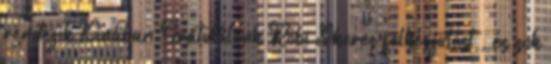
rendezik Kínában Gratulálunk Robi Sikeres felkészülést , és sok